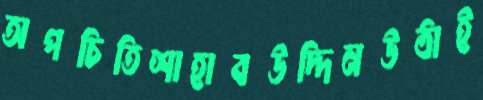
অপচিতিশাহাবউদ্দিনউঠাই